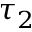
\tau _ { 2 }